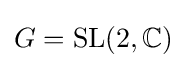
G=\mathrm {SL} (2,\mathbb {C} )